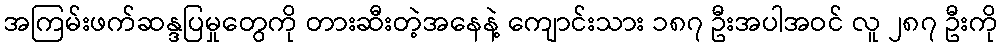
အကြမ်းဖက်ဆန္ဒပြမှုတွေကို တားဆီးတဲ့အနေနဲ့ ကျောင်းသား ၁၈၇ ဦးအပါအဝင် လူ ၂၈၇ ဦးကို